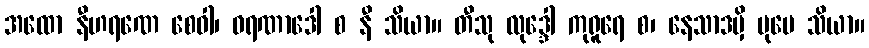
အထော နီဟရဏေ စေဝါ၊ ဝရဏာဒေါ စ နီ သိယာ။ တီသု လုဒ္ဒေါ ကုရူရေ စ၊ နေသာဒမှိ ပုမေ သိယာ။